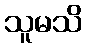
သူမသိ